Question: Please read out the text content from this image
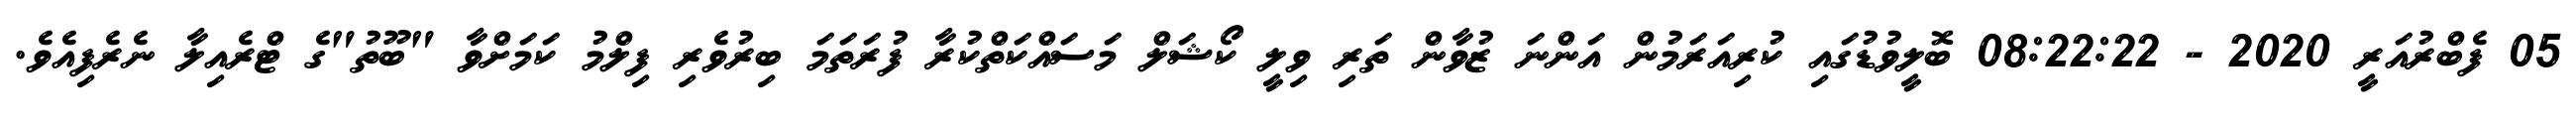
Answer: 05 ފެބްރުއަރީ 2020 - 08:22:22 ބޮލީވުޑުގައި ކުރިއަރަމުން އަންނަ ޒުވާން ތަރި ވިލީ ކޯޝަލް މަސައްކަތްކުރާ ފުރަތަމަ ބިރުވެރި ފިލްމު ކަމަށްވާ "ބޫތު"ގެ ޓްރެއިލާ ނެރެފިއެވެ.